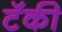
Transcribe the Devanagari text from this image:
टॅकी